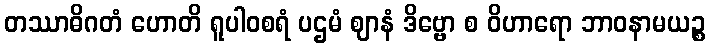
တဿာဓိဂတံ ဟောတိ ရူပါဝစရံ ပဌမံ ဈာနံ ဒိဗ္ဗော စ ဝိဟာရော ဘာဝနာမယဉ္စ